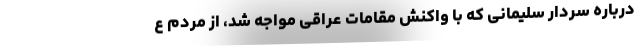
درباره سردار سلیمانی که با واکنش مقامات عراقی مواجه شد، از مردم ع